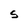
Character: S